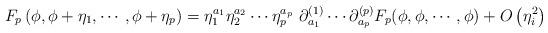
LaTeX: \begin{align*}F_p \left( \phi, \phi + \eta_1, \cdots, \phi + \eta_p \right) = \eta^{a_1}_1 \eta^{a_2}_2 \cdots \eta^{a_p}_p\, \, \partial^{(1)}_{a_1} \cdots \partial^{(p)}_{a_p}F_p (\phi, \phi, \cdots, \phi) + O \left(\eta^2_i \right)\end{align*}